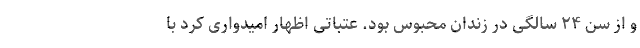
و از سن ۲۴ سالگی در زندان محبوس بود. عتباتی اظهار امیدواری کرد با